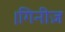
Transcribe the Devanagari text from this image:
।गिनीज़